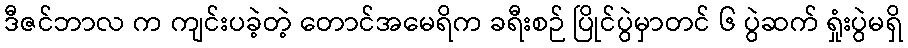
ဒီဇင်ဘာလ က ကျင်းပခဲ့တဲ့ တောင်အမေရိက ခရီးစဉ် ပြိုင်ပွဲမှာတင် ၆ ပွဲဆက် ရှုံးပွဲမရှိ